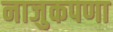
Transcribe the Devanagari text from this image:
नाजुकपणा